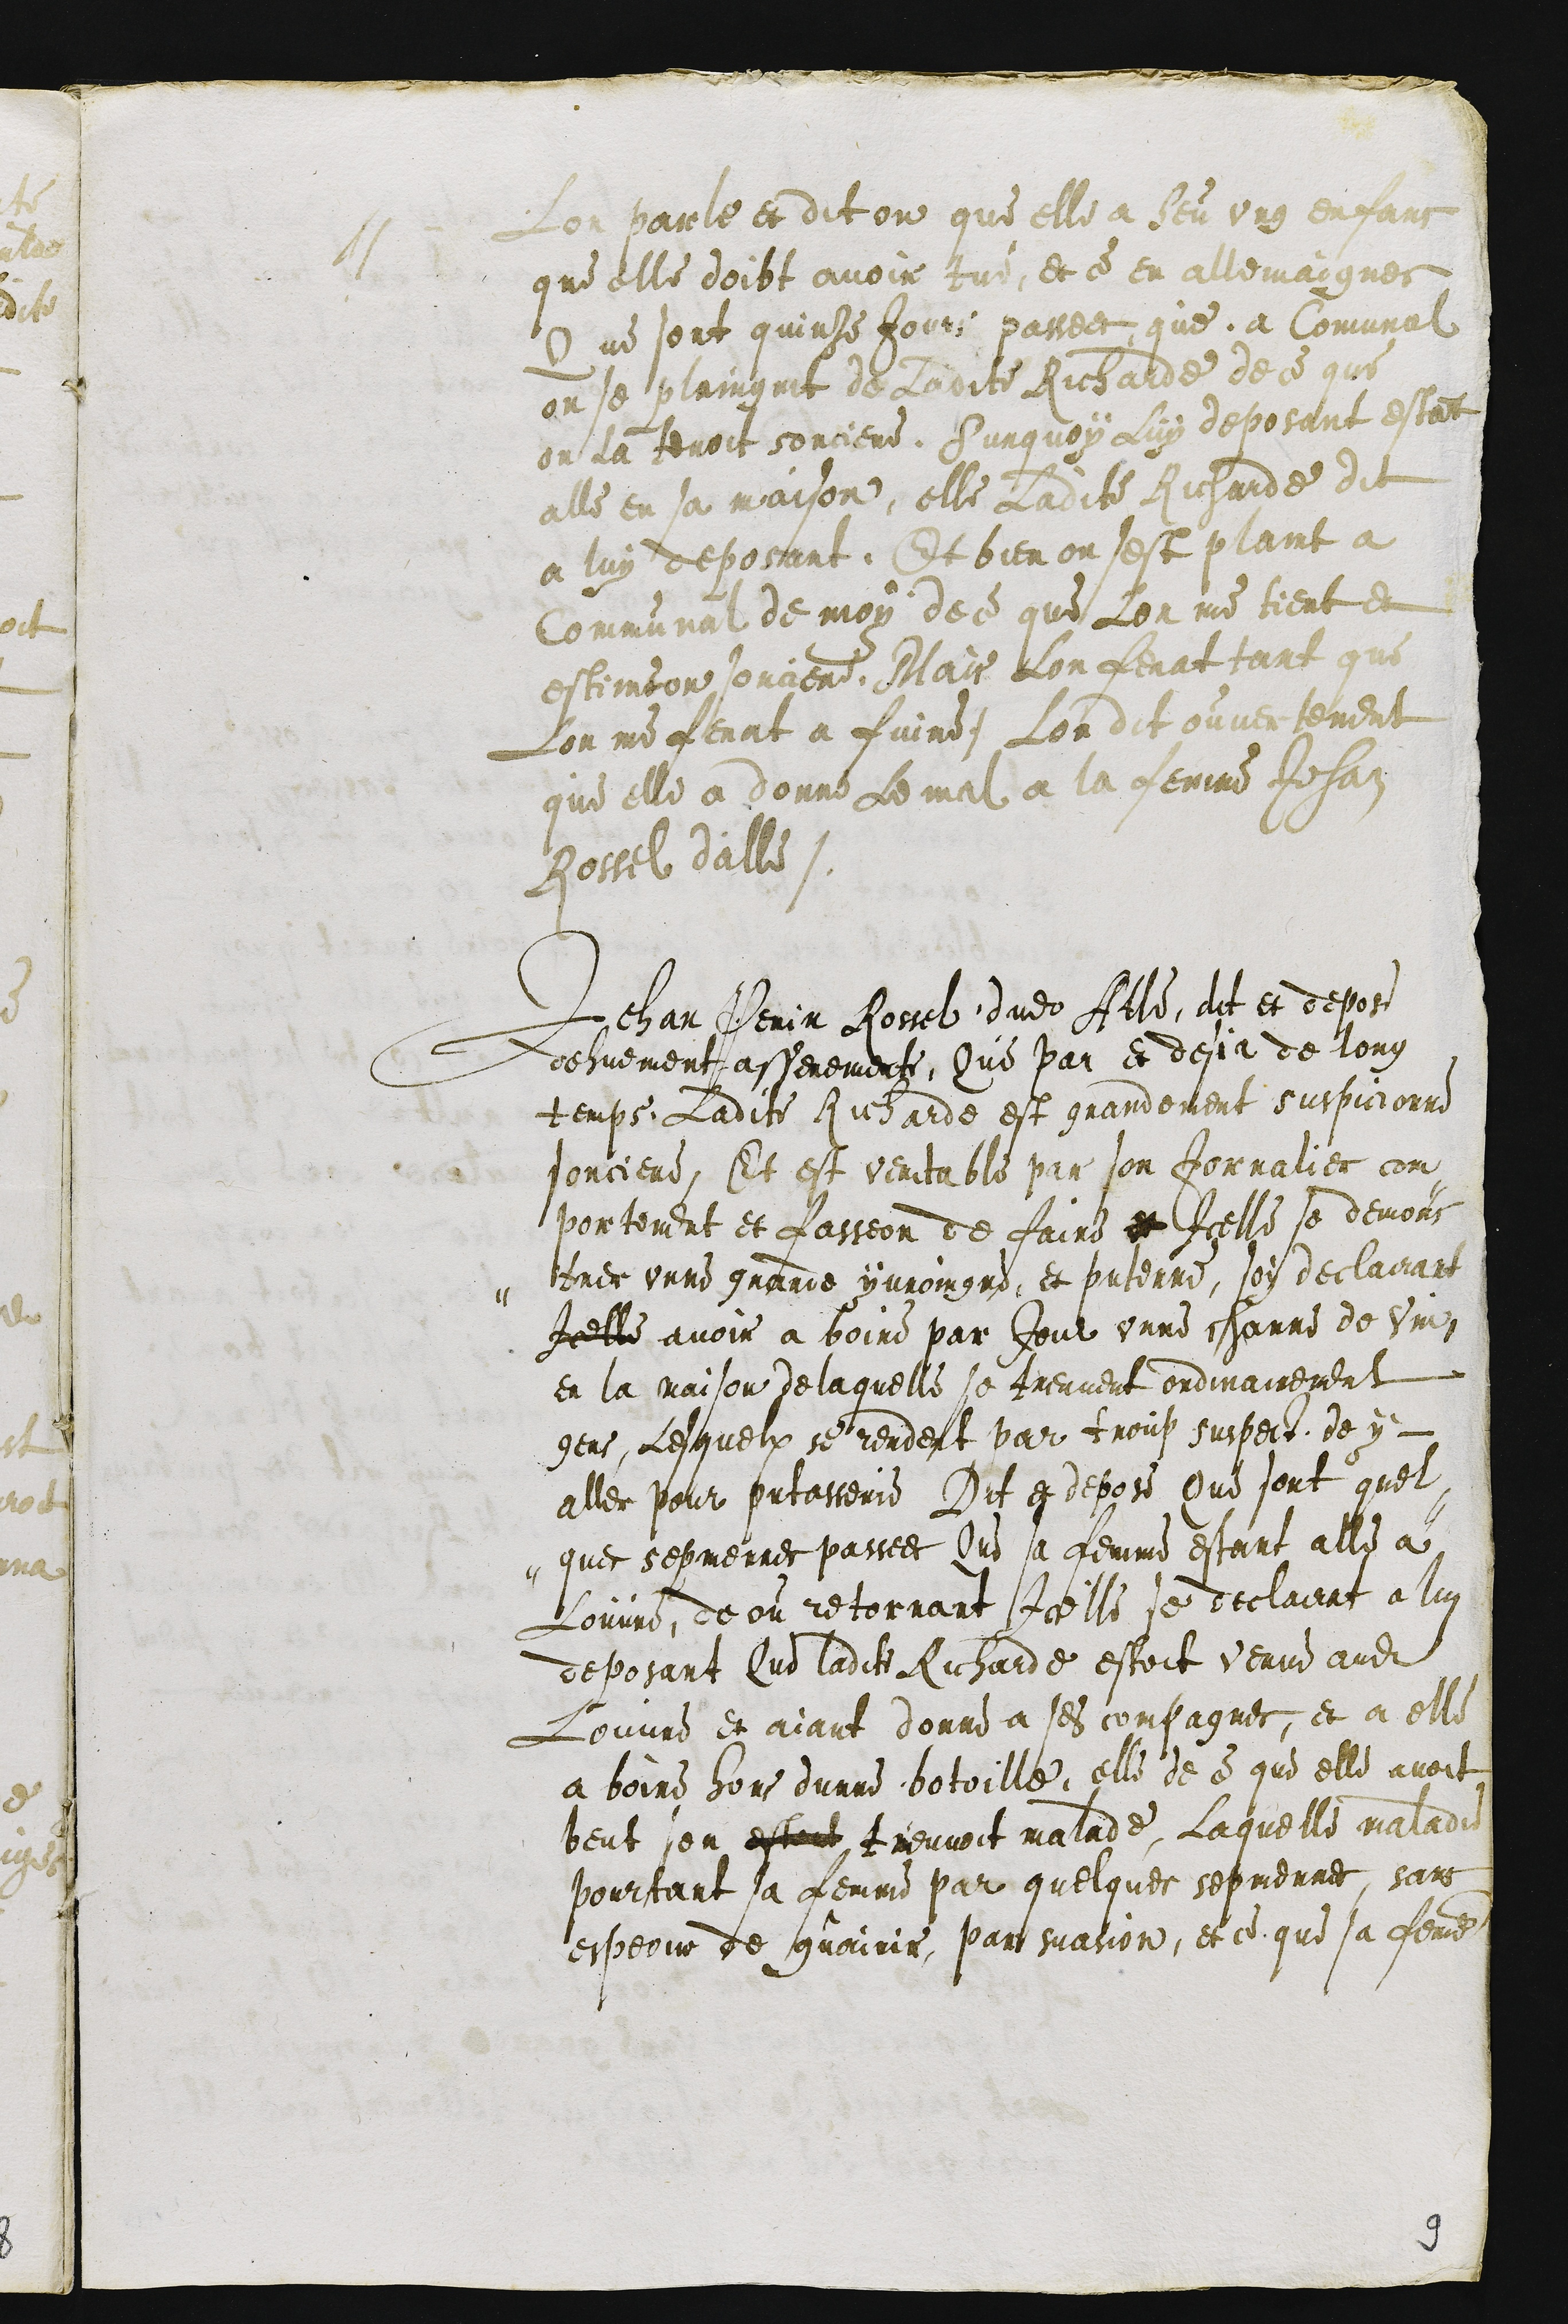
Lon parle et dit on que elle a heu ung enfans
que elle doibt avoir tué et ce en allemaignes
Que sont quinze Jours passees, que a Comunal
on se plaingnit de Ladite Richarde de ce que
on la tenoit sorciere. Surquoy Luy deposant estant
alle en sa maison, elle Ladite Richarde dit
a luy deposant. Et bien on sest plaint a
Communal de moy de ce que Lon me tient et
estimeon sorciere, Mais Lon ferat tant que
Lon me ferat a fuire. Lon dit ouvertement
que elle a donne Le mal a la femme Jehan
Rossel dalle
Jehan Perin Rossel dudit Alle, dit et depose
dehuement asseremente, Que par et desja de long
temps Ladite Richarde est grandement suspicionne
sorciere, Et est veritable par son Jornalier com
portement et fasseon de faire et Icelle se demons
trer unne grande yvroingne et putenne, soy declairant
Icelle avoir a boire par Jour unne channe de Vin
en la maison delaquelle se treuvent ordinairement
gens, Lesquelx se rendent par troup suspect de y
aller pour putasserie Dit a depose Que sont quel-
-ques sepmennes passees Que sa femme estant alle a
Louvre, de ou retornant Icelle se declairat a lui
deposant Que ladite Richarde estoit venue audit
Louvre et aiant donne a ses compagnes, et a elle
a boire hors dunne botoille, elle de ce que elle avoit
beut sen estant treuvoit malade. Laquelle maladite
pourtant sa femme par quelques sepmennes, sans
espeoir de guairir, par suasion, et ce que sa femme